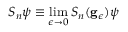
S _ { n } \psi \equiv \operatorname * { l i m } _ { \epsilon \rightarrow 0 } S _ { n } ( \mathbf { g } _ { \epsilon } ) \psi